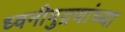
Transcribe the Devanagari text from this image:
ध्वनीमुद्रणांच्या